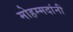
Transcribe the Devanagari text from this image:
मोहम्मदांनी